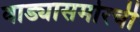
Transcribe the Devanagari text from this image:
वाड्यासमोरची